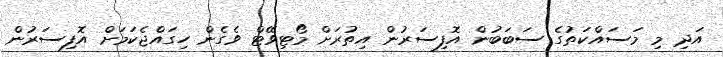
އަދި މި މަސައްކަތުގެ ސަބަބުން އޮފިސަރުން އިތުރަށް މޯޓިވޭޓް ވެގެން ހިގައްޖެކަމަށް އޮފިސަރުން